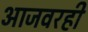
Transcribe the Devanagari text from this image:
आजवरही